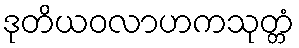
ဒုတိယဝလာဟကသုတ္တံ